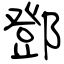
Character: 鄧